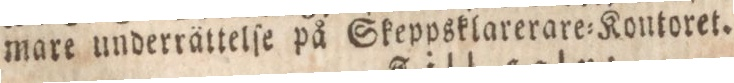
mare underrättelſe på Skeppsklarerare=Kontoret.